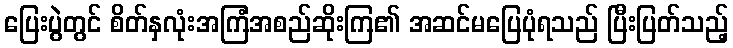
ပြေးပွဲတွင် စိတ်နှလုံးအကြံအစည်ဆိုးကြ၏ အဆင်မပြေပုံရသည် ပြီးပြတ်သည့်